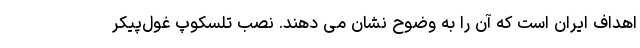
اهداف ایران است که آن را به وضوح نشان می دهند. نصب تلسکوپ غول‌پیکر